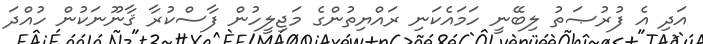
އަދި އެ ފުރުޞަތު ލިބޭނީ ހަމައެކަނި ރައްޔިތުންގެ މަޖިލީހުން ފާސްކުރާ ޤާނޫނަކުން ހުއްދަ